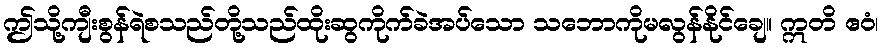
ဤသို့ကျီးစွန်ရဲစသည်တို့သည်ထိုးဆွကိုက်ခဲအပ်သော သဘောကိုမလွန်နိုင်ချေ။ ဣတိ ဧဝံ၊